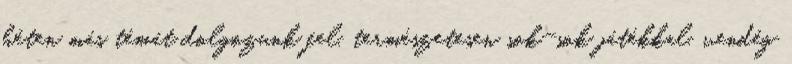
héten más témát dolgozunk fel, természetesen sok-sok játékkal, vendég